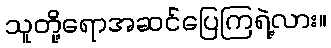
သူတို့ရောအဆင်ပြေကြရဲ့လား။